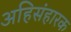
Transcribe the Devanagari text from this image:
अहिसंहारक